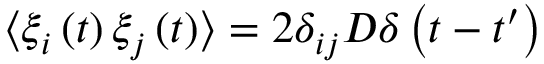
\langle \xi _ { i } \left( t \right) \xi _ { j } \left( t \right) \rangle = 2 \delta _ { i j } D \delta \left( t - t ^ { \prime } \right)